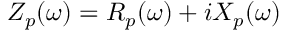
Z _ { p } ( \omega ) = R _ { p } ( \omega ) + i X _ { p } ( \omega )